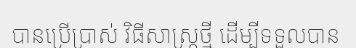
បានប្រើប្រាស់ វិធីសាស្ត្រថ្មី ដើម្បីទទួលបាន